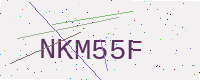
Text: NKM55F